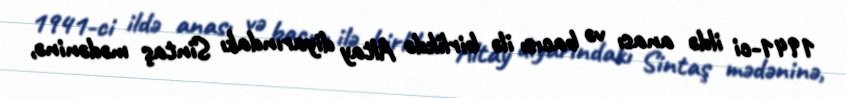
1941-ci ildə anası və bacısı ilə birlikdə Altay diyarındakı Sintaş mədəninə,